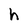
Character: h